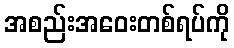
အစည်းအဝေးတစ်ရပ်ကို